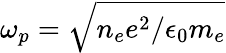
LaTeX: \omega_{p}=\sqrt{n_{e}e^{2}/\epsilon_{0}m_{e}}